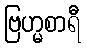
ဗြဟ္မစာရီ